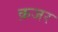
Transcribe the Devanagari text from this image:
क़जर